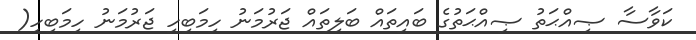
ކަވާސާ ޞިއްޙަތު ޞިއްޙަތުގެ ބައިތައް ބަލިތައް ޖަރުމަނު ހިމަބިހި ޖަރުމަނު ހިމަބިހި(